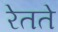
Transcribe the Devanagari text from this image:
रेतते